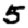
Digit: 5